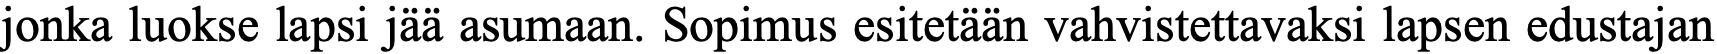
jonka luokse lapsi jää asumaan. Sopimus esitetään vahvistettavaksi lapsen edustajan